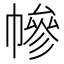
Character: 幓